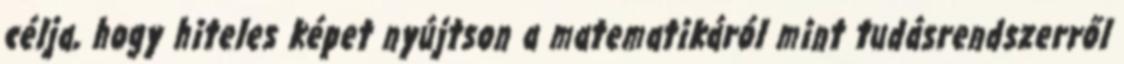
célja, hogy hiteles képet nyújtson a matematikáról mint tudásrendszerről